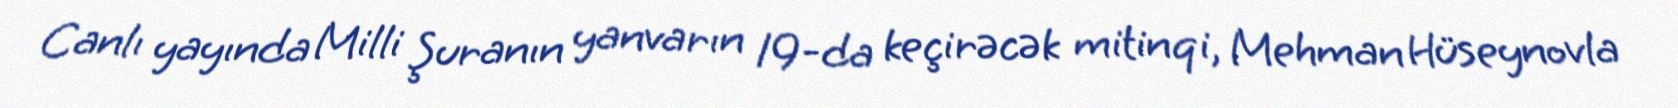
Canlı yayında Milli Şuranın yanvarın 19-da keçirəcək mitinqi, Mehman Hüseynovla